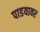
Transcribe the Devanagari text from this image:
पाडयावर